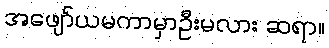
အဖျော်ယမကာမှာဦးမလား ဆရာ။